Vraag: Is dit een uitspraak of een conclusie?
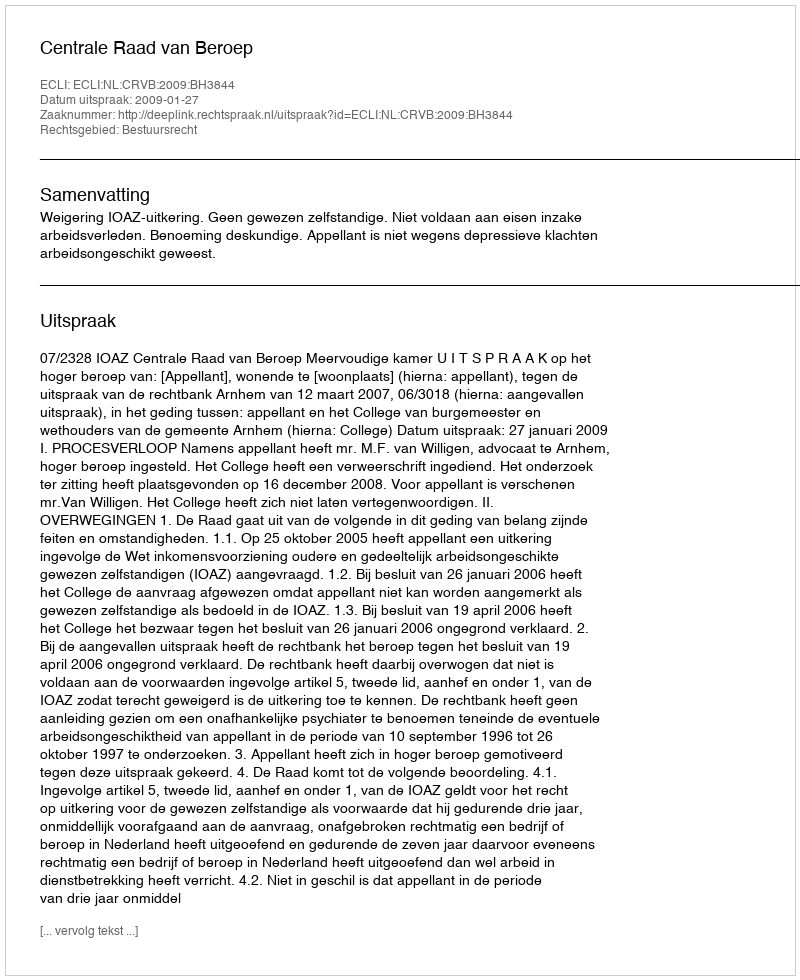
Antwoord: Uitspraak